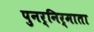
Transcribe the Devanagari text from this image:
पुनर्निर्माता